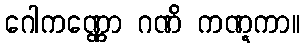
ဂေါကဏ္ဏော ဂဏိ ကဏ္ဋကာ။